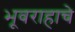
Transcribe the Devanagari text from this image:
भूवराहाचे